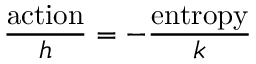
{ \frac { \mathrm { a c t i o n } } { h } } = - { \frac { \mathrm { e n t r o p y } } { k } }